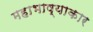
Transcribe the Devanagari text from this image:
महाभाष्याकार